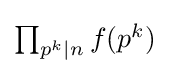
{\textstyle \prod _{p^{k}\mid n}f(p^{k})}